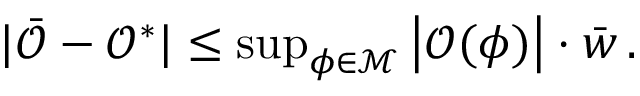
\begin{array} { r } { \vert \bar { \mathcal { O } } - \mathcal { O } ^ { * } \vert \leq \operatorname* { s u p } _ { \phi \in \mathcal { M } } \left\vert \mathcal { O } ( \phi ) \right\vert \cdot \bar { w } \, . } \end{array}